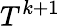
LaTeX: T^{k+1}